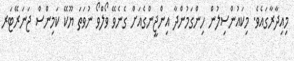
މިއިދާރާގައެވެ. މިކައުންސިލުން ހިންގަމުންދާ އިންޖީންގެއަށް ގެނެވޭ ވޯލްވޯ ނުވަތަ ޔޫކޭ ކަމިންސް ޖަނަރޭޓަރ